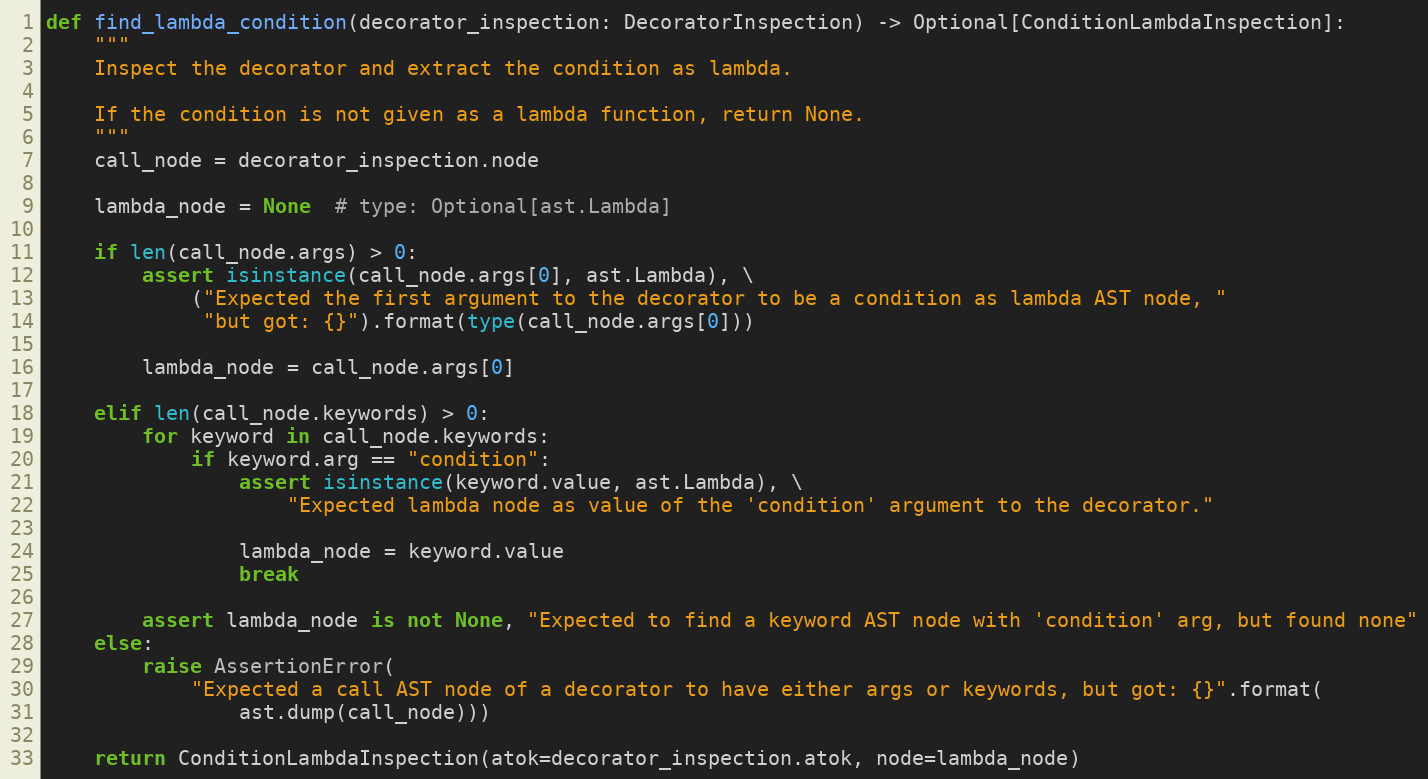
Language: Python
def find_lambda_condition(decorator_inspection: DecoratorInspection) -> Optional[ConditionLambdaInspection]:
    """
    Inspect the decorator and extract the condition as lambda.

    If the condition is not given as a lambda function, return None.
    """
    call_node = decorator_inspection.node

    lambda_node = None  # type: Optional[ast.Lambda]

    if len(call_node.args) > 0:
        assert isinstance(call_node.args[0], ast.Lambda), \
            ("Expected the first argument to the decorator to be a condition as lambda AST node, "
             "but got: {}").format(type(call_node.args[0]))

        lambda_node = call_node.args[0]

    elif len(call_node.keywords) > 0:
        for keyword in call_node.keywords:
            if keyword.arg == "condition":
                assert isinstance(keyword.value, ast.Lambda), \
                    "Expected lambda node as value of the 'condition' argument to the decorator."

                lambda_node = keyword.value
                break

        assert lambda_node is not None, "Expected to find a keyword AST node with 'condition' arg, but found none"
    else:
        raise AssertionError(
            "Expected a call AST node of a decorator to have either args or keywords, but got: {}".format(
                ast.dump(call_node)))

    return ConditionLambdaInspection(atok=decorator_inspection.atok, node=lambda_node)